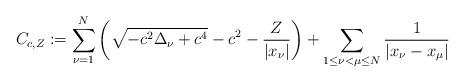
LaTeX: \begin{align*}C_{c,Z}:=\sum_{\nu=1}^N\left(\sqrt{-c^2\Delta_\nu+c^4}-c^2-\frac{Z}{|x_\nu|}\right)+\sum_{1\leq \nu<\mu\leq N}\frac{1}{|x_\nu-x_\mu|}\end{align*}